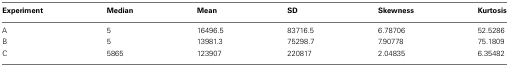
<table><thead><tr><td><b>Experiment</b></td><td><b>Median</b></td><td><b>Mean</b></td><td><b>SD</b></td><td><b>Skewness</b></td><td><b>Kurtosis</b></td></tr></thead><tbody><tr><td>A</td><td>5</td><td>16496.5</td><td>83716.5</td><td>6.78706</td><td>52.5286</td></tr><tr><td>B</td><td>5</td><td>13981.3</td><td>75298.7</td><td>7.90778</td><td>75.1809</td></tr><tr><td>C</td><td>5865</td><td>123907</td><td>220817</td><td>2.04835</td><td>6.35482</td></tr></tbody></table>